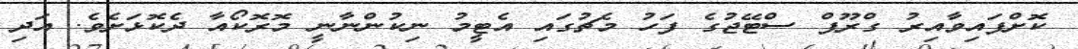
ކޮށްފައިވާއިރު ގްރޫޕް ސްޓޭޖުގެ ފަހު މެޗުގައި އެޓީމު ނިކުންނާނީ މޮރޮކޯއާ ދެކޮޅަށެވެ. އަދި